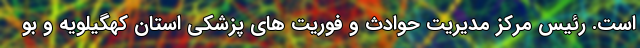
است. رئیس مرکز مدیریت حوادث و فوریت های پزشکی استان کهگیلویه و بو